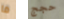
ما حجج